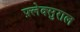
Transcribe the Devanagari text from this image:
फ़्लेक्सुराल